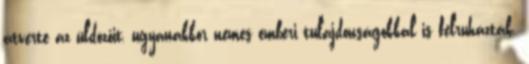
átverte az üldözőit, ugyanakkor nemes emberi tulajdonságokkal is felruházták.